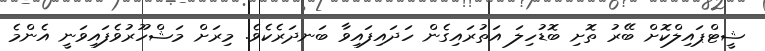
ޝީޓްޕައިލްކޮށް ބޭރު ތޮށި ބޮޑުހިލަ އަތުރައިގެން ހަދައިފައިވާ ބަނދަރެކެވެ. މިރަށް މަޝްހޫރުވެފައިވަނީ އެންމެ